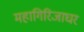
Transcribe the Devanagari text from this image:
महागिरिजाघर